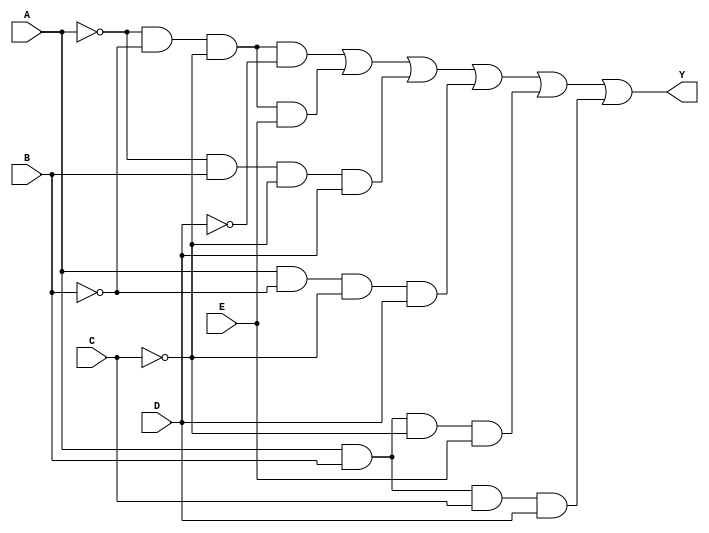
module five_variable_kmap (
    input wire A,  // Input variable A
    input wire B,  // Input variable B
    input wire C,  // Input variable C
    input wire D,  // Input variable D
    input wire E,  // Input variable E
    output wire Y  // Output of the combinational logic block
);

// Define the output logic based on the K-map simplification
// Example SOP expression (replace with your actual expression):
// Y = A'B'C'D' + A'B'C'E + A'BC'D + AB'C'D + ABC'E + ABCD
assign Y = (~A & ~B & ~C & ~D) | 
           (~A & ~B & ~C & E) | 
           (~A & B & ~C & D) | 
           (A & ~B & ~C & D) | 
           (A & B & ~C & E) | 
           (A & B & C & D);

// Testbench can be created to verify the functionality

endmodule